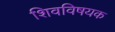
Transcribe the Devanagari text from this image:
शिवविषयक